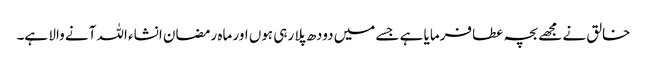
خالق نے مجھے بچہ عطا فرمایا ہے جسے میں دودھ پلا رہی ہوں اور ماہ رمضان انشاء اللہ آنے والا ہے۔